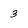
Character: 3